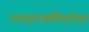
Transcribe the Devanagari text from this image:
डब्ल्युएक्सव्हिड्जेट्स